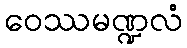
ဝေဿမဏ္ဍလံ